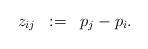
LaTeX: \begin{align*}\begin{array}{lllll}z_{ij} & := & p_{j}-p_{i}.\end{array}\end{align*}